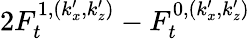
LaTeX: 2F_{t}^{1,(k_{x}^{\prime},k_{z}^{\prime})}-F_{t}^{0,(k_{x}^{\prime},k_{z}^{\prime})}